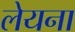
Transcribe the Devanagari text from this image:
लेयना